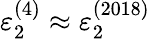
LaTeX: \varepsilon_{2}^{(4)}\approx\varepsilon_{2}^{(2018)}